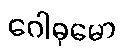
ဂေါဓုမော